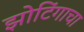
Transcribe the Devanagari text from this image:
झोटिंगाचा